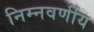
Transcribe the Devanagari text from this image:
निम्नवर्णीय